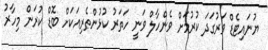
ޔުނައިޓެޑް ވަރުގަދަ ކުރުމަށް ވެންހާލް ވަނީ ހަތަރު ކުޅުންތެރިއަކަށް ބޮޑް ކުރަން މިހާރު